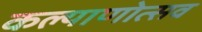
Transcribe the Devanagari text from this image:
कल्याणोत्सव